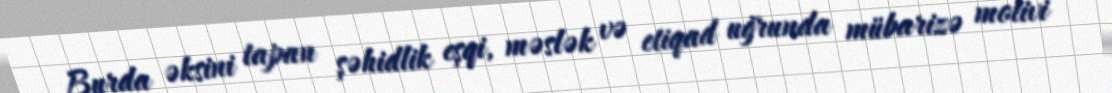
Burda əksini tapan şəhidlik eşqi, məslək və etiqad uğrunda mübarizə motivi